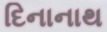
દિનાનાથ